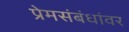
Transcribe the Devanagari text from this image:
प्रेमसंबंधांवर